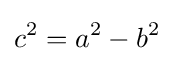
c^{2}=a^{2}-b^{2}